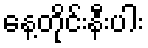
နေ့တိုင်းနီးပါး